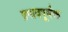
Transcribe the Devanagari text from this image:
प्रभावपूर्वक